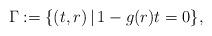
LaTeX: \begin{align*}\Gamma : = \{(t,r)\, | \, 1-g(r)t = 0\},\end{align*}